Problem: 31 + 14 = ?
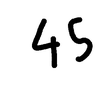
Handwritten answer: 45